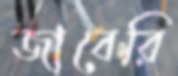
জাবেরি